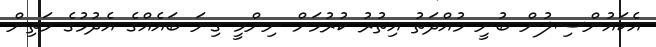
އެކައުންސިލުން ބުނީ މުއްދަތު އިތުރު ކުރުމަށް ނިންމީ ގިނަ ބައެއްގެ އެދުމުގެ މަތިން